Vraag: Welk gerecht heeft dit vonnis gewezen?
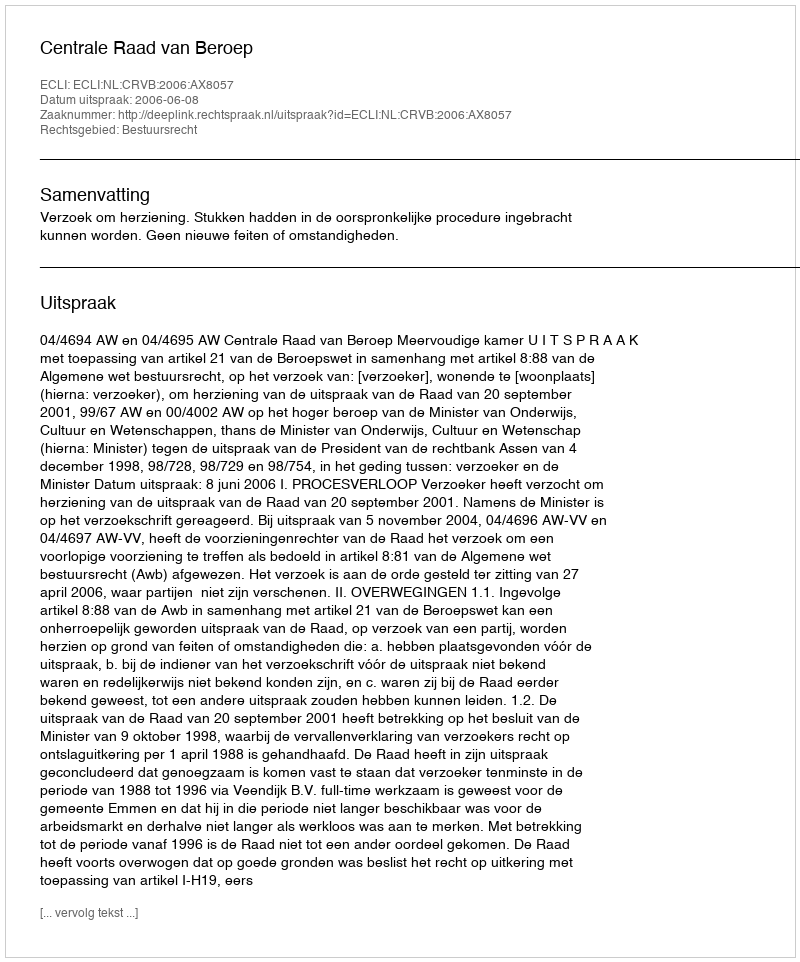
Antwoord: Centrale Raad van Beroep